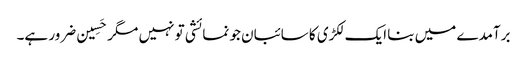
برآمدے میں بنا ایک لکڑی کا سائبان جو نمائشی تو نہیں مگر حَسِین ضرور ہے۔